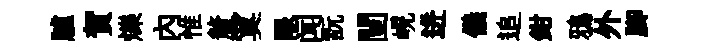
臚賀爍內惟釐寞眼闻翫闉峴迸儀追鉗鴉外腳